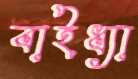
বাইধ্যা